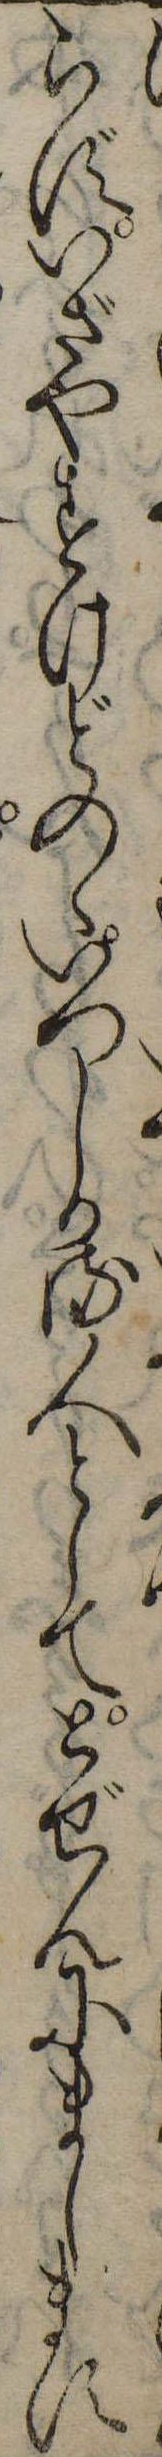
らずいざやすけどのゝいつしか流人としてとぜんにまします